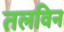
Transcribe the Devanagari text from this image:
तलविन